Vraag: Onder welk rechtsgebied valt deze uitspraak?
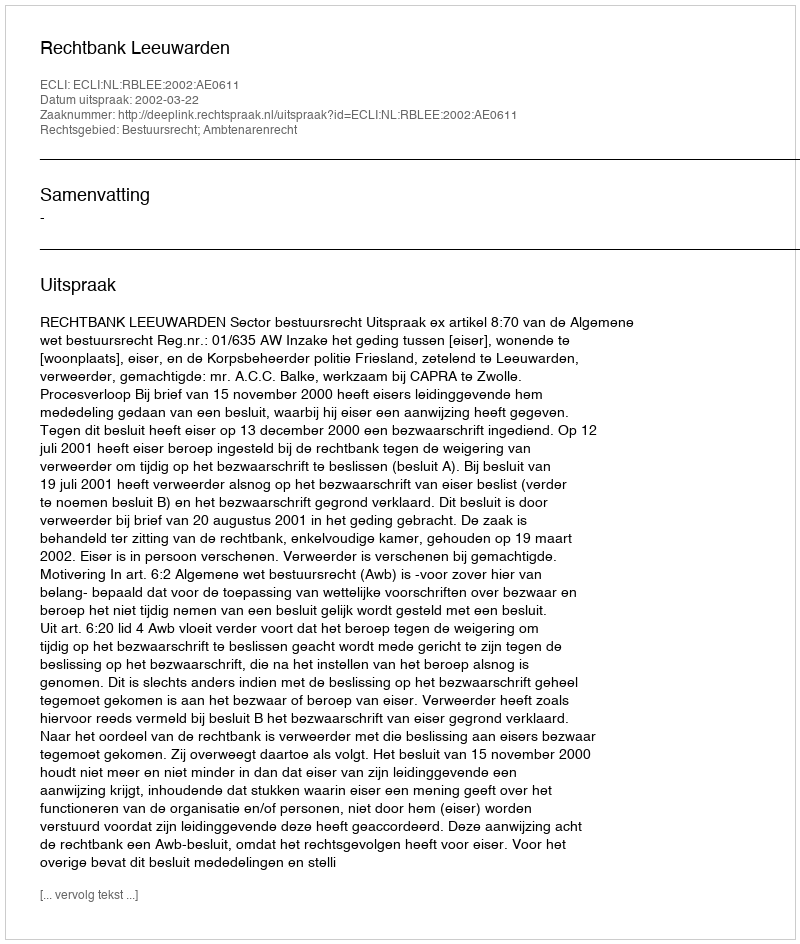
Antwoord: Bestuursrecht; Ambtenarenrecht